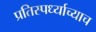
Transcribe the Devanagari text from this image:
प्रतिस्पर्ध्याच्याच